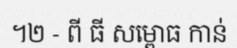
។២ - ពី ធី សម្ពោធ កាន់